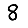
Digit: 8